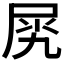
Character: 𡱧